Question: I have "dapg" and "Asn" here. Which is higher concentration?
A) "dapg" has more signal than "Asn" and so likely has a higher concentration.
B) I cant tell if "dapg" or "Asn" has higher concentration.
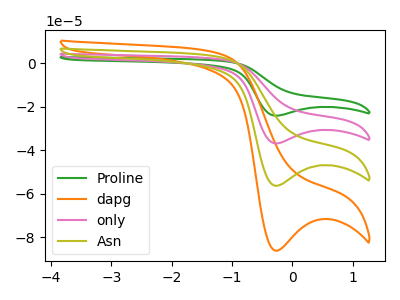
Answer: <think>The green curve "Proline" has a cathodic peak at: (-0.25V, -168.95uA). The orange curve "dapg" has a cathodic peak at: (-0.25V, -86.15uA). The pink curve "only" has a cathodic peak at: (-0.25V, -112.65uA). The olive curve "Asn" has a cathodic peak at: (-0.25V, -56.30uA).
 All the peaks in "dapg" have a peak in "Asn" at the same potential. Every peak in "dapg" is higher than every peak in "Asn".</think>
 <answer>A) "dapg" has more signal than "Asn" and so likely has a higher concentration.</answer>
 <eval>A</eval>